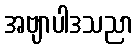
အဗျာပါဒသညာ